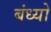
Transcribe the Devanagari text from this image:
बंध्यो